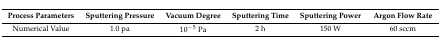
<table><thead><tr><td><b>Process Parameters</b></td><td><b>Sputtering Pressure</b></td><td><b>Vacuum Degree</b></td><td><b>Sputtering Time</b></td><td><b>Sputtering Power</b></td><td><b>Argon Flow Rate</b></td></tr></thead><tbody><tr><td>Numerical Value</td><td>1.0 pa</td><td>10<sup>−</sup><sup>5</sup> Pa</td><td>2 h</td><td>150 W</td><td>60 sccm</td></tr></tbody></table>